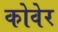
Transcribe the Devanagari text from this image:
कोवेर